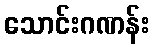
သောင်းဂဏန်း